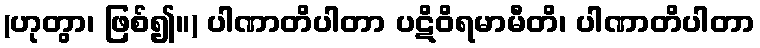
(ဟုတွာ၊ ဖြစ်၍။) ပါဏာတိပါတာ ပဋိဝိရမာမီတိ၊ ပါဏာတိပါတာ